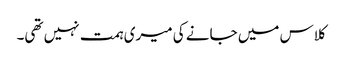
کلاس میں جانے کی میری ہمت نہیں تھی۔